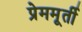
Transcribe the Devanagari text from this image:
प्रेममूर्ती